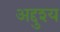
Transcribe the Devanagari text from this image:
अद्दुश्य